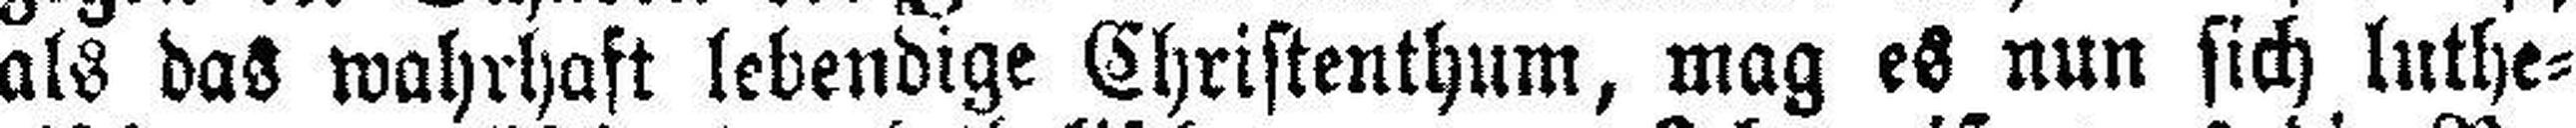
als das wahrhaft lebendige Christenthum, mag es nun sich luthe¬